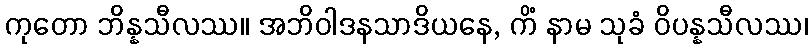
ကုတော ဘိန္နသီလဿ။ အဘိဝါဒနသာဒိယနေ, ကိံ နာမ သုခံ ဝိပန္နသီလဿ၊